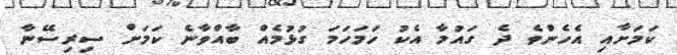
ކަމަށާއި އެހެންވެ ދެ ގައުމާ އެކު ހަމަހަމަ ގުޅުމެއް ބާއްވާނެ ކަމަށް ސިރިސޭނާ